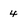
Character: 4